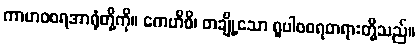
ကာမာဝစရအာရုံတို့ကို။ ကေဟိစိ၊ တချို့သော ရူပါဝစရတရားတို့သည်။